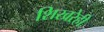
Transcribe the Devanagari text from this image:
शिखरेही